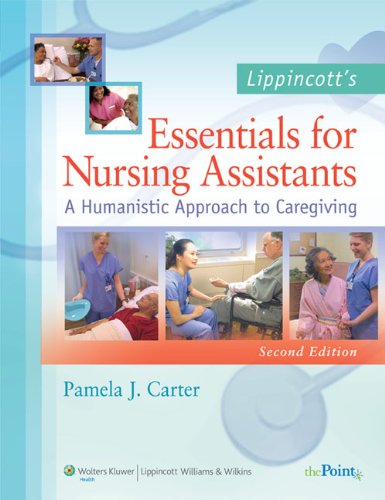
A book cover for Lippincott's Essentials for Nursing Assistants: A Humanistic Approach to Caregiving; Pamela J. Carter RN  BSN  MEd  CNOR; Medical Books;